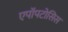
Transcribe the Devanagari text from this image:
एपॉपटोसिस